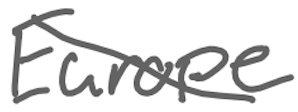
Text: Europe
Cross-out: diagonal
Writing tool: digital_gray